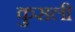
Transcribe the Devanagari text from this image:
कुसली